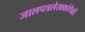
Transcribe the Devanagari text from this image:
जालपत्रलेखकांपैकी